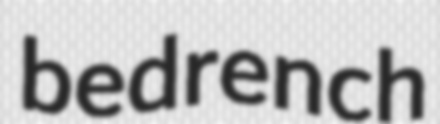
bedrench